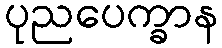
ပုညပေက္ခာန